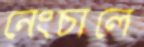
নেংচালে